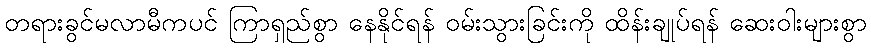
တရားခွင်မလာမီကပင် ကြာရှည်စွာ နေနိုင်ရန် ဝမ်းသွားခြင်းကို ထိန်းချုပ်ရန် ဆေးဝါးများစွာ